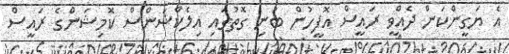
އެ ޔަގީންކަން ދެއްވީ ރައީސް އޮފީހުން ބުނި ގޮތުގައި އިލެކްޝަންސް ކޮމިޝަންގެ ރައީސް